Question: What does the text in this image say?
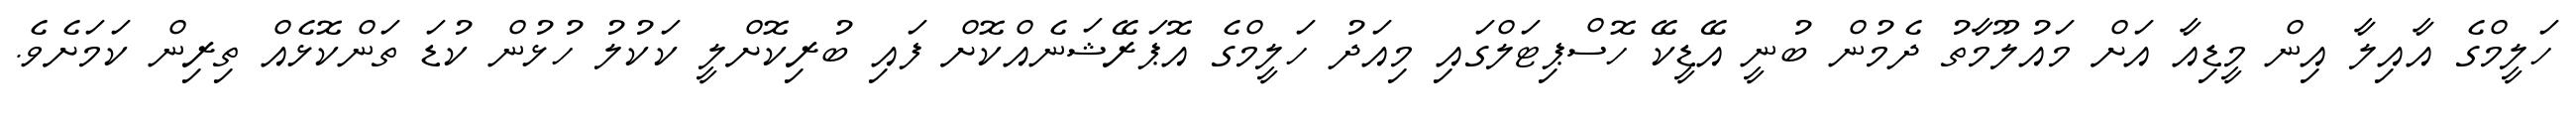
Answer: ހަލީމްގެ އާއިލާ އިން މީޑިއާ އަށް މައުލޫމާތު ދެމުން ބުނީ އޭޑީކޭ ހޮސްޕިޓަލްގައި މިއަދު ހަލީމްގެ އޮޕަރޭޝަނެއްކޮށް ފައި ބުރިކޮށްލީ ކަކުލު ހުޅުން ކުޑަ ތަންކޮޅެއް ތިރިން ކަމަށެވެ.